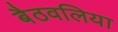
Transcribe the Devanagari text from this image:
बैठवलिया